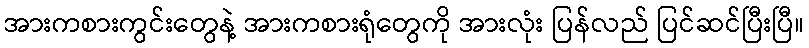
အားကစားကွင်းတွေနဲ့ အားကစားရုံတွေကို အားလုံး ပြန်လည် ပြင်ဆင်ပြီးပြီ။